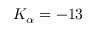
K _ { \alpha } = - 1 3